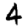
Digit: 4